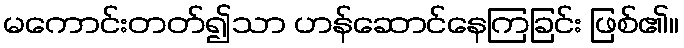
မကောင်းတတ်၍သာ ဟန်ဆောင်နေကြခြင်း ဖြစ်၏။